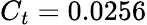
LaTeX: C_{t}=0.0256